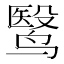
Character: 鹥